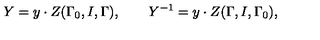
Y = y \cdot Z ( \Gamma _ { 0 } , I , \Gamma ) , \mathbf { \qquad } Y ^ { - 1 } = y \cdot Z ( \Gamma , I , \Gamma _ { 0 } ) ,